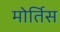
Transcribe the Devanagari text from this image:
मोर्तिस